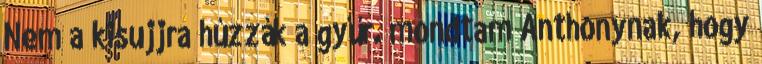
Nem a kisujjra húzzák a gyűr. mondtam Anthonynak, hogy